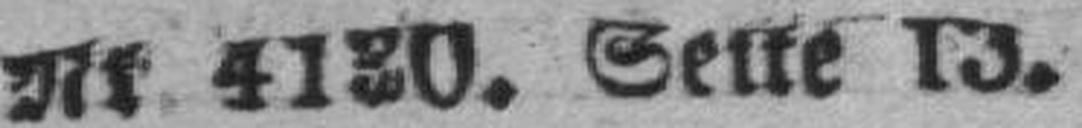
Nr. 4130. Seite 13.